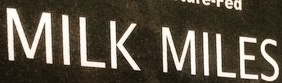
MILK MILES